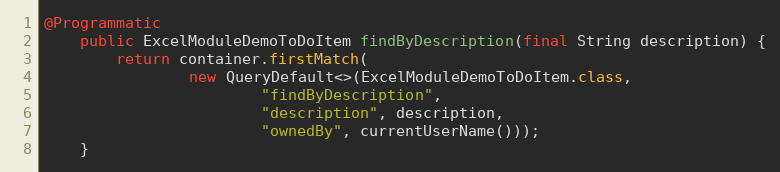
Language: Java
@Programmatic
    public ExcelModuleDemoToDoItem findByDescription(final String description) {
        return container.firstMatch(
                new QueryDefault<>(ExcelModuleDemoToDoItem.class,
                        "findByDescription",
                        "description", description,
                        "ownedBy", currentUserName()));
    }